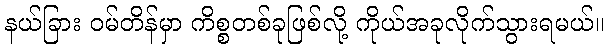
နယ်ခြား ဝမ်တိန်မှာ ကိစ္စတစ်ခုဖြစ်လို့ ကိုယ်အခုလိုက်သွားရမယ်။